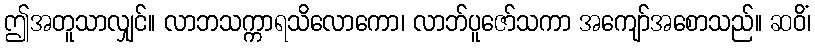
ဤအတူသာလျှင်။ လာဘသက္ကာရသိလောကော၊ လာဘ်ပူဇော်သကာ အကျော်အစောသည်။ ဆဝိံ၊